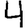
Digit: 4